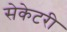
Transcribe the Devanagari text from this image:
सेकेटरी